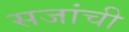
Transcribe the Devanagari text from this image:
सजांची